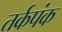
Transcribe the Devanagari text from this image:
तर्कपंक